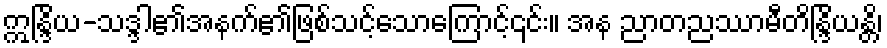
ဣန္ဒြိယ-သဒ္ဒါ၏အနက်၏ဖြစ်သင့်သောကြောင့်၎င်း။ အန ညာတညဿာမီတိန္ဒြိယန္တိ၊